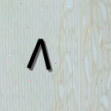
٨